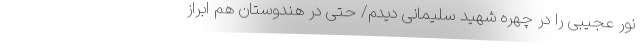
نور عجیبی را در چهره شهید سلیمانی ‌دیدم/ حتی در هندوستان هم ابراز